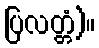
ပြလတ္တံ)။